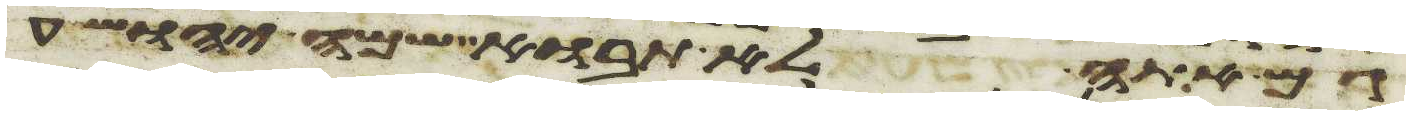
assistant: גם אתה לא תבוא שמה יהושע